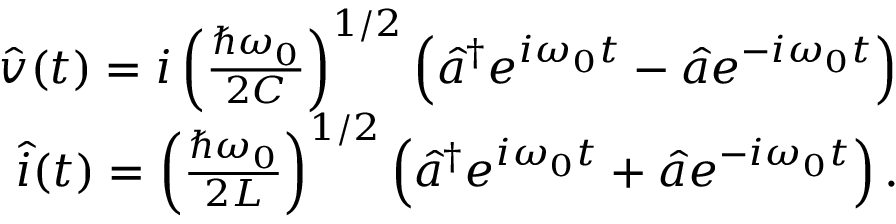
\begin{array} { r } { \hat { v } ( t ) = i \left( \frac { \hbar \omega _ { 0 } } { 2 C } \right) ^ { 1 / 2 } \left( \hat { a } ^ { \dagger } e ^ { i \omega _ { 0 } t } - \hat { a } e ^ { - i \omega _ { 0 } t } \right) } \\ { \hat { i } ( t ) = \left( \frac { \hbar \omega _ { 0 } } { 2 L } \right) ^ { 1 / 2 } \left( \hat { a } ^ { \dagger } e ^ { i \omega _ { 0 } t } + \hat { a } e ^ { - i \omega _ { 0 } t } \right) . } \end{array}